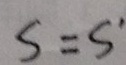
S = S ^ { \prime }